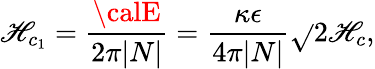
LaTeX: \mathscr{H}_{c_{1}}={\frac{{\calE}}{{2\pi|N|}}}={\frac{{\kappa\epsilon}}{{4\pi|N|}}}\sqrt{}{{2}}\mathscr{H}_{c},